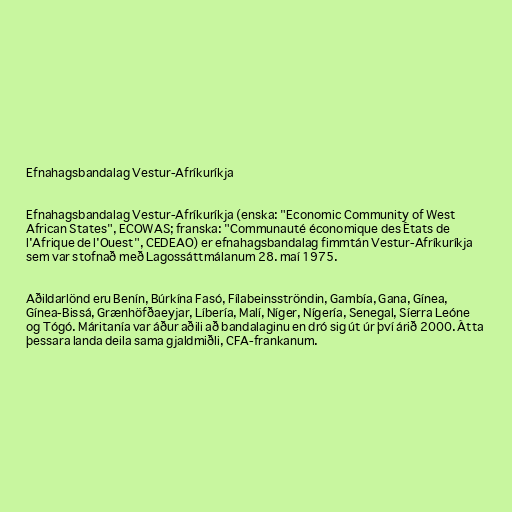
Efnahagsbandalag Vestur-Afríkuríkja

Efnahagsbandalag Vestur-Afríkuríkja (enska: "Economic Community of West
African States", ECOWAS; franska: "Communauté économique des États de
l'Afrique de l'Ouest", CEDEAO) er efnahagsbandalag fimmtán Vestur-Afríkuríkja
sem var stofnað með Lagossáttmálanum 28. maí 1975.

Aðildarlönd eru Benín, Búrkína Fasó, Fílabeinsströndin, Gambía, Gana, Gínea,
Gínea-Bissá, Grænhöfðaeyjar, Líbería, Malí, Níger, Nígería, Senegal, Síerra Leóne
og Tógó. Máritanía var áður aðili að bandalaginu en dró sig út úr því árið 2000. Átta
þessara landa deila sama gjaldmiðli, CFA-frankanum.